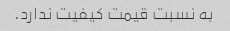
به نسبت قیمت کیفیت ندارد.